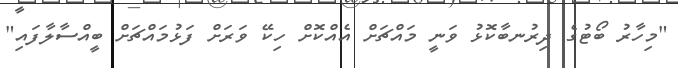
"މިހާރު ބޯޓުގެ ދިރުނބާކޮޅު ވަނީ މައްޗަށް އެއްކޮށް ހިކޭ ވަރަށް ފަޅުމައްޗަށް ބީއްސާލާފައި"